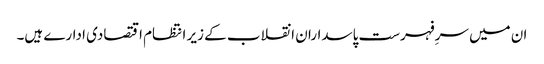
ان میں سرِفہرست پاسداران انقلاب کے زیر انتظام اقتصادی ادارے ہیں۔